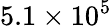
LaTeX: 5.1\times 10^{5}